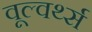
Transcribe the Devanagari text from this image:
वूल्वर्थ्स